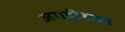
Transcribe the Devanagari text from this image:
जगदीशस्य